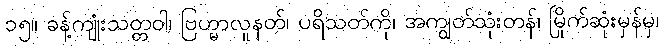
၁၅။ ခန့်ကျုံးသတ္တဝါ၊ ဗြဟ္မာလူနတ်၊ ပရိသတ်ကို၊ အကျွတ်သုံးတန်၊ မြိုက်ဆုံးမှန်မှ၊